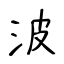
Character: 波